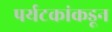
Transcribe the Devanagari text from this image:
पर्यटकांकडून